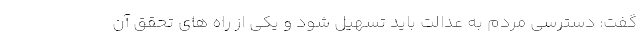
گفت: دسترسی مردم به عدالت باید تسهیل شود و یکی از راه های تحقق آن